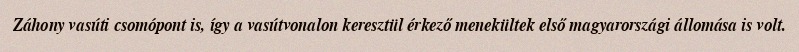
Záhony vasúti csomópont is, így a vasútvonalon keresztül érkező menekültek első magyarországi állomása is volt.